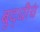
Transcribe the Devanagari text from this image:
बुद्धीचं